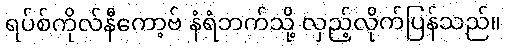
ရပ်စ်ကိုလ်နီကော့ဗ် နံရံဘက်သို့ လှည့်လိုက်ပြန်သည်။